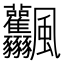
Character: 𩙤